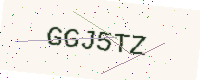
Text: GGJ5TZ